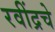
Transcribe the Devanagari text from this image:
रवींद्रचे